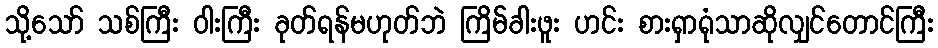
သို့သော် သစ်ကြီး ဝါးကြီး ခုတ်ရန်မဟုတ်ဘဲ ကြိမ်ခါးဖူး ဟင်း စားရှာရုံသာဆိုလျှင်တောင်ကြီး